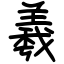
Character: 羲